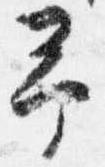
予